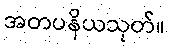
အတပနိယသုတ်။